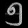
Digit: ၅